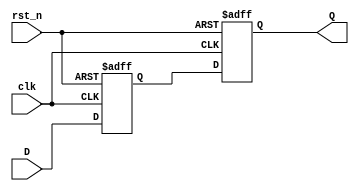

module synchronizer(D, Q, clk, rst_n);
  input D;
  input clk;
  input rst_n;  
  
  output Q;
   
  reg A1,A2;
  
  assign Q = A2;
  
  always@(posedge clk or negedge rst_n)
  begin
    if(!rst_n)
	  A1 <= 0;
	else
	  A1 <= D;  
  end
  
  always@(posedge clk or negedge rst_n)
  begin
    if(!rst_n)
	  A2 <= 0;
	else
	  A2 <= A1;  
  end

endmodule